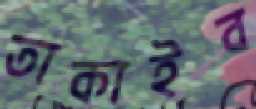
তাকাইব